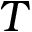
T